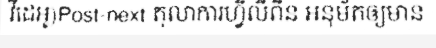
វីដេអូ)Post-next តុលាការហ្វីលីពីន អនុម័តឲ្យមាន